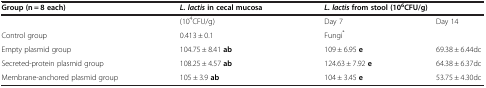
<table><thead><tr><td><b>Group (n = 8 each)</b></td><td><b><i>L. lactis </i>in cecal mucosa</b></td><td><b><i>L. lactis </i>from stool (10<sup>6</sup>CFU/g)</b></td><td><b> </b></td></tr></thead><tbody><tr><td> </td><td>(10<sup>4</sup>CFU/g)</td><td>Day 7</td><td>Day 14</td></tr><tr><td>Control group</td><td>0.413 ± 0.1</td><td>Fungi<sup>*</sup></td><td> </td></tr><tr><td>Empty plasmid group</td><td>104.75 ± 8.41 <b>ab</b></td><td>109 ± 6.95 <b>e</b></td><td>69.38 ± 6.44dc</td></tr><tr><td>Secreted-protein plasmid group</td><td>108.25 ± 4.57 <b>ab</b></td><td>124.63 ± 7.92 <b>e</b></td><td>64.38 ± 6.37dc</td></tr><tr><td>Membrane-anchored plasmid group</td><td>105 ± 3.9 <b>ab</b></td><td>104 ± 3.45 <b>e</b></td><td>53.75 ± 4.30dc</td></tr></tbody></table>